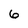
Character: 6